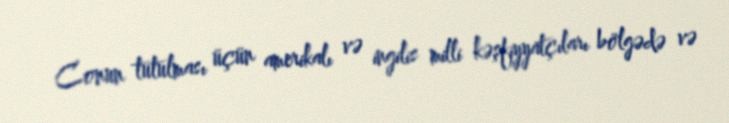
Conun tutulması üçün amerikalı və ingilis milli kəşfiyyatçıları bölgədə və